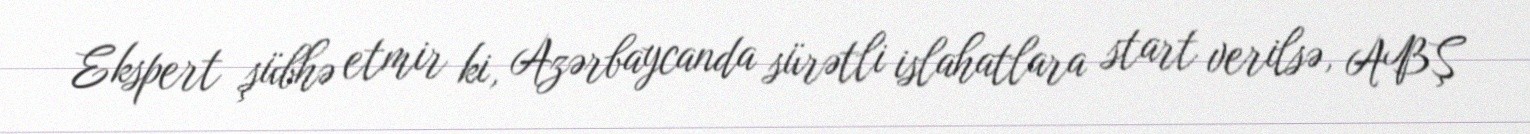
Ekspert şübhə etmir ki, Azərbaycanda sürətli islahatlara start verilsə, ABŞ